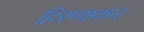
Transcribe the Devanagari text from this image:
हिरण्यकार